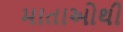
માતાઓથી